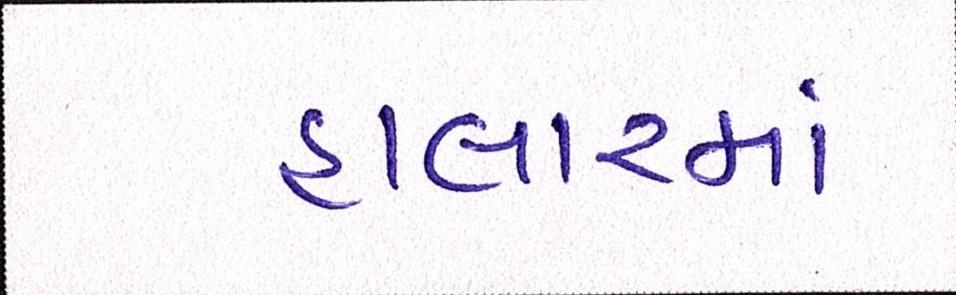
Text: હાલારમાં